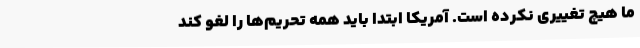
ما هیچ تغییری نکرده است. آمریکا ابتدا باید همه تحریم‌ها را لغو کند